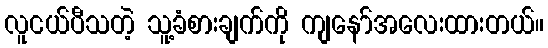
လူငယ်ပီသတဲ့ သူ့ခံစားချက်ကို ကျနော်အလေးထားတယ်။